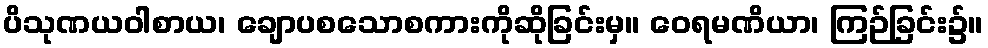
ပိသုဏယဝါစာယ၊ ချောပစသောစကားကိုဆိုခြင်းမှ။ ဝေရမဏိယာ၊ ကြဉ်ခြင်း၌။